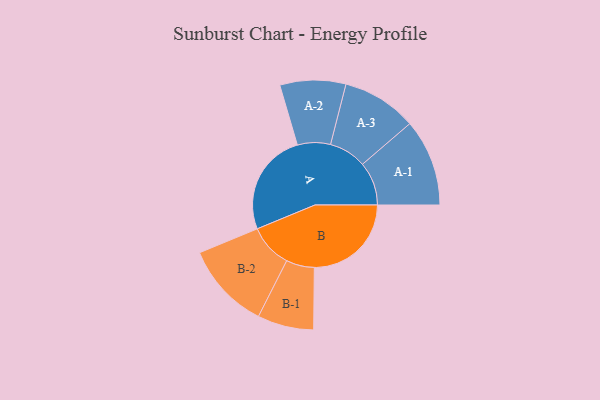
{"axis": {"x": "Segment", "y": "Value"}, "legend": ["", "A", "B"], "data": [{"x": "A", "y": 475, "type": ""}, {"x": "B", "y": 448, "type": ""}, {"x": "A-1", "y": 201, "type": "A"}, {"x": "A-2", "y": 152, "type": "A"}, {"x": "A-3", "y": 173, "type": "A"}, {"x": "B-1", "y": 130, "type": "B"}, {"x": "B-2", "y": 201, "type": "B"}]}